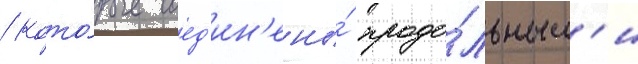
/ кото́рые соед'ин'ены́ продо́льным'и